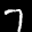
Label: 7